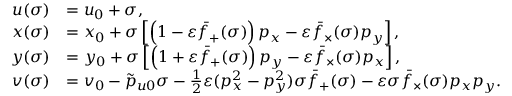
\begin{array} { r l } { u ( \sigma ) } & { = u _ { 0 } + \sigma , } \\ { x ( \sigma ) } & { = x _ { 0 } + \sigma \left[ \left( 1 - \varepsilon \bar { f } _ { + } ( \sigma ) \right) p _ { x } - \varepsilon \bar { f } _ { \times } ( \sigma ) p _ { y } \right] , } \\ { y ( \sigma ) } & { = y _ { 0 } + \sigma \left[ \left( 1 + \varepsilon \bar { f } _ { + } ( \sigma ) \right) p _ { y } - \varepsilon \bar { f } _ { \times } ( \sigma ) p _ { x } \right] , } \\ { v ( \sigma ) } & { = v _ { 0 } - \tilde { p } _ { u 0 } \sigma - \frac { 1 } { 2 } \varepsilon ( p _ { x } ^ { 2 } - p _ { y } ^ { 2 } ) \sigma \bar { f } _ { + } ( \sigma ) - \varepsilon \sigma \bar { f } _ { \times } ( \sigma ) p _ { x } p _ { y } . } \end{array}